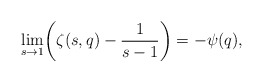
\begin{align*}\lim_{s\rightarrow 1}\biggl(\zeta(s,q)- \frac{1}{s-1}\biggr)=-\psi(q),\end{align*}